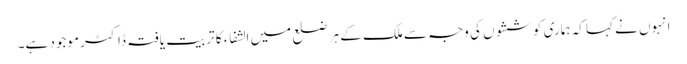
انہوں نے کہا کہ ہماری کوششوں کی وجہ سے ملک کے ہر ضلع میں الشفاء کا تربیت یافتہ ڈاکٹر موجود ہے۔